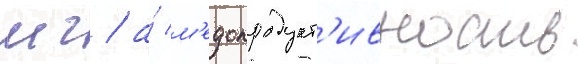
мг / а́ м'едопродукт'ивность